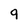
Character: 9